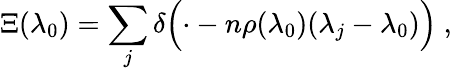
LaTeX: \Xi(\lambda_{0})=\sum_{j}\delta{\Big(}{\cdot}-n\rho(\lambda_{0})(\lambda_{j}-\lambda_{0}){\Big)}~,